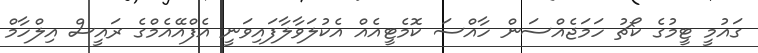
ގައުމީ ޓީމުގެ ކޯޗު ހަމަޖެއްސަން ހާއްސަ ކޮމެޓީއެއް އެކުލަވާލާފައިވަނީ އެފްއޭއެމްގެ ރައީސް އިލްހާމް